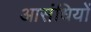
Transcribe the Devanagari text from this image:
आसंधियों